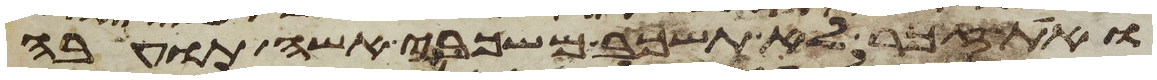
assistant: ואת זכר לא תשכב משכבי אשה תועבה